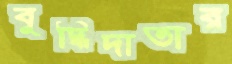
বুদ্ধিদাতার